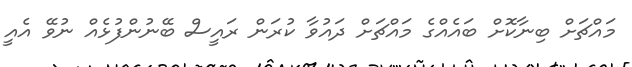
މައްޗަށް ބިނާކޮށް ބައެއްގެ މައްޗަށް ދައުވާ ކުރަން ރައީސް ބޭނުންފުޅެއް ނުވޭ އެއީ